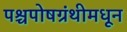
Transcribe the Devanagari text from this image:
पश्चपोषग्रंथीमधून